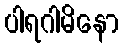
ပါရဂါမိနော